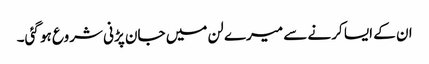
ان کے ایسا کرنے سے میرے لن میں جان پڑنی شروع ہو گئی۔